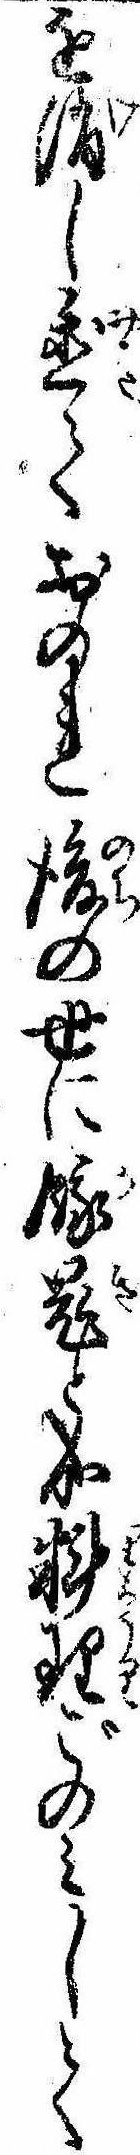
を消し置ておのれ後の世に餓鬼と成料理ごのみして